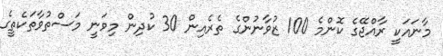
މާނައަކީ ރާއްޖޭގެ ކޮންމެ 100 ޒުވާނުންގެ ތެރެއިން 30 ކުދިން މިވަނީ މަސްތުވާތަކެތީގެ